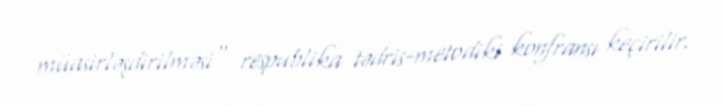
müasirləşdirilməsi" respublika tədris-metodiki konfransı keçirilir.